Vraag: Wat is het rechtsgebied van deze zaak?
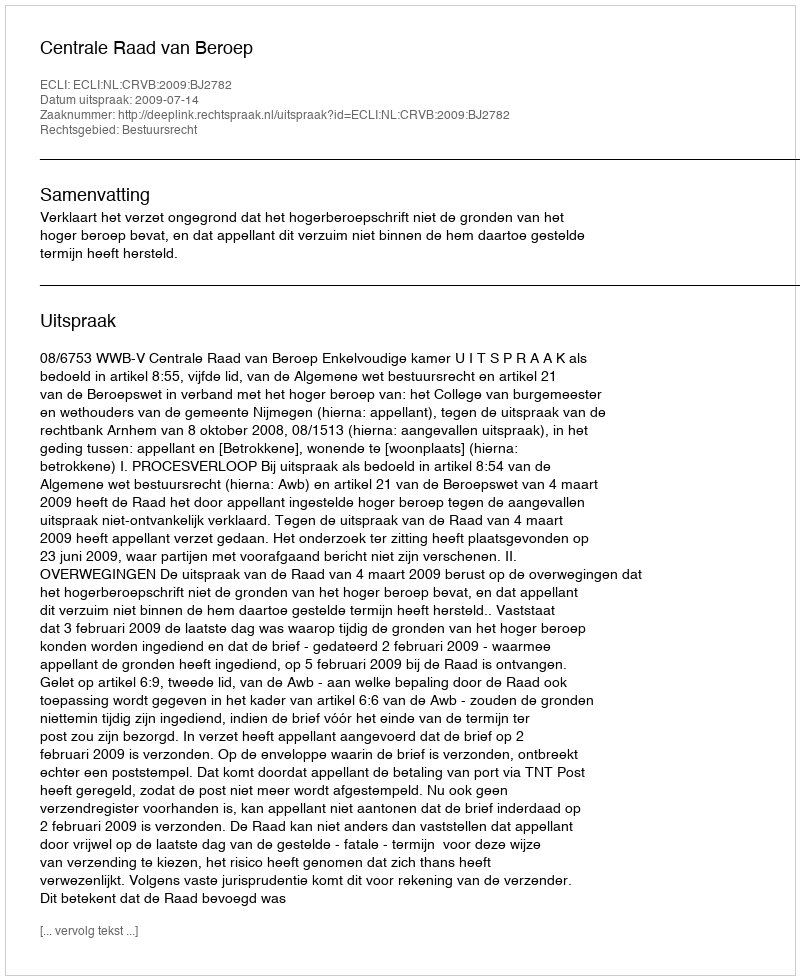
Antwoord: Bestuursrecht